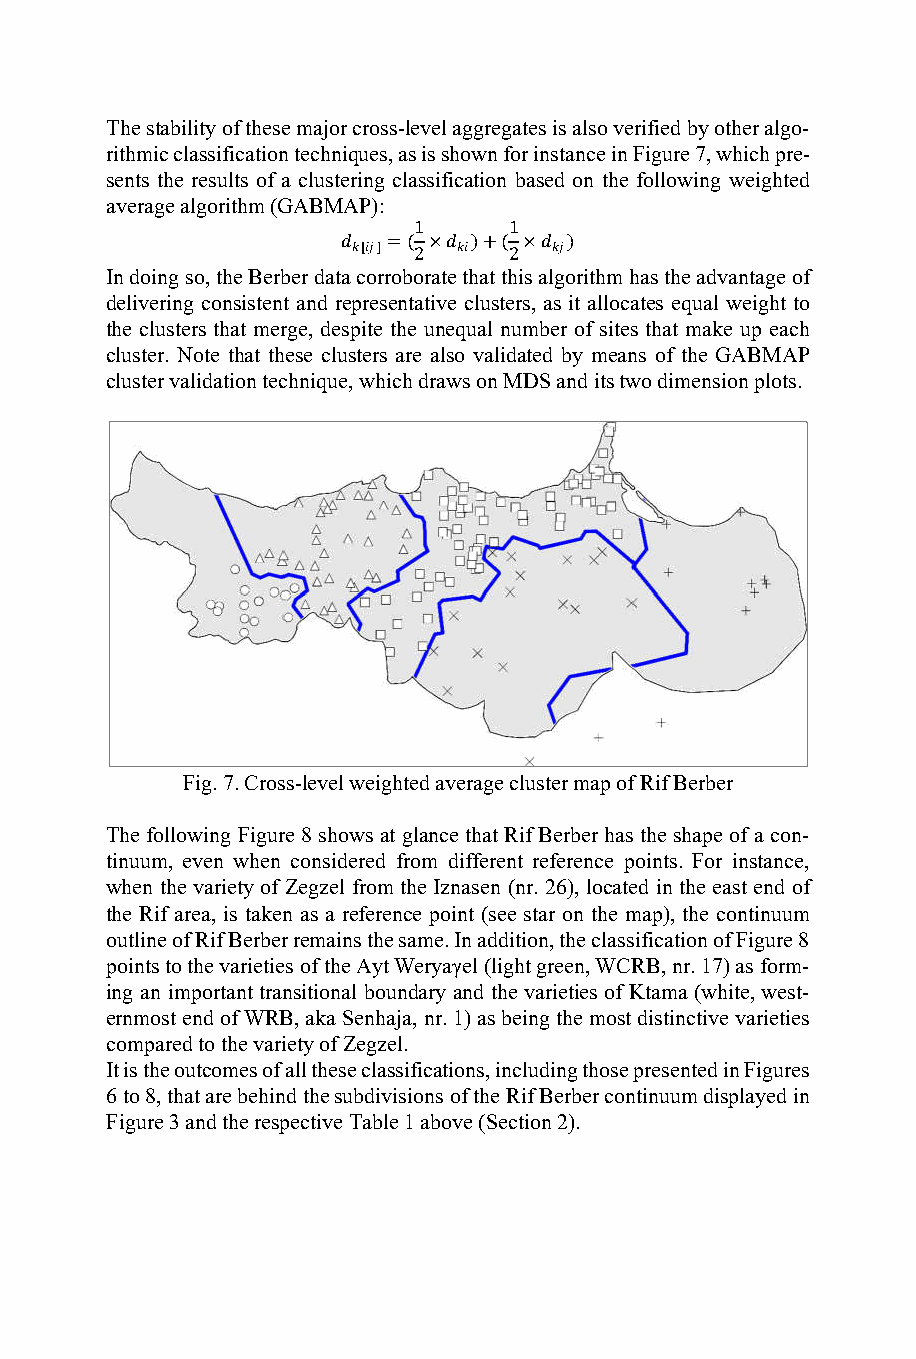
The stability of these major cross-level aggregates is also verified by other algo-
 rithmic classification techniques, as is shown for instance in Figure 7, which pre-
 sents the results of a clustering classification based on the following weighted
 average algorithm (GABMAP):
 1      1
   =( × )+( × )
 [] 2  2
 In doing so, the Berber data corroborate that this algorithm has the advantage of
 delivering consistent and representative clusters, as it allocates equal weight to
 the clusters that merge, despite the unequal number of sites that make up each
 cluster. Note that these clusters are also validated by means of the GABMAP
 cluster validation technique, which draws on MDS and its two dimension plots.
 Fig. 7. Cross-level weighted average cluster map of Rif Berber
 The following Figure 8 shows at glance that Rif Berber has the shape of a con-
 tinuum, even when considered from different reference points. For instance,
 when the variety of Zegzel from the Iznasen (nr. 26), located in the east end of
 the Rif area, is taken as a reference point (see star on the map), the continuum
 outline of Rif Berber remains the same. In addition, the classification of Figure 8
 points to the varieties of the Ayt Weryaγel (light green, WCRB, nr. 17) as form-
 ing an important transitional boundary and the varieties of Ktama (white, west-
 ernmost end of WRB, aka Senhaja, nr. 1) as being the most distinctive varieties
 compared to the variety of Zegzel.
 It is the outcomes of all these classifications, including those presented in Figures
 6 to 8, that are behind the subdivisions of the Rif Berber continuum displayed in
 Figure 3 and the respective Table 1 above (Section 2).